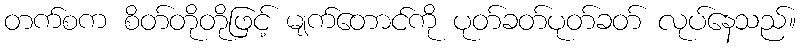
တက်စက စိတ်တိုတိုဖြင့် မျက်တောင်ကို ပုတ်ခတ်ပုတ်ခတ် လုပ်နေသည်။